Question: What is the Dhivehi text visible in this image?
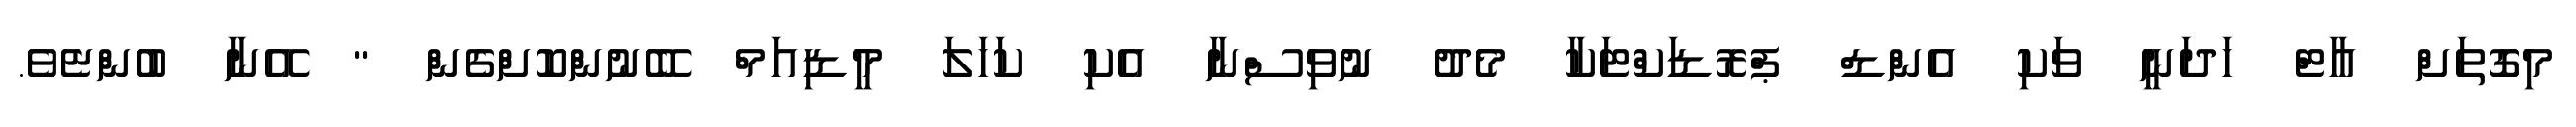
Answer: މިގޮތަށް އާޓް ހަދަނީ ވަކި އެންޑް ޕްރޮޑަކްޓަކާ މެދު ނުވިސްނާ އެކި ކަހަލަ މީޑިއަމް ބޭނުންކޮށްގެން " އޭނާ ބުންޏެވެ.